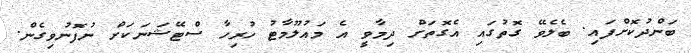
ބަންދުކޮށްފައި. ބެލެވޭ ގޮތުގައި އެގޮތަށް ދިމާވީ އެ މައުލޫމާޓު ހުރިހާ ސްޓޭޝަނަކަށް ނުފޮނުވިގެން.